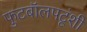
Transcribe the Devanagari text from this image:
फुटबॉलपटूंशी